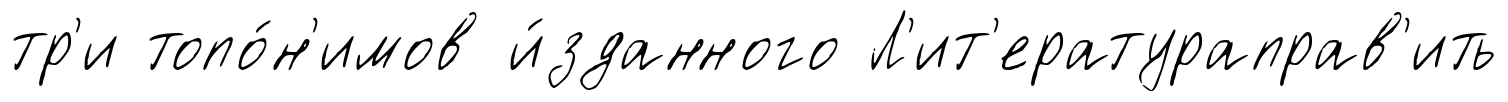
тр'и топо́н'имов и́зданного Л'ит'ератураправ'ить